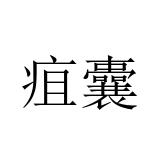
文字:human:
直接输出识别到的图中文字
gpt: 疽囊